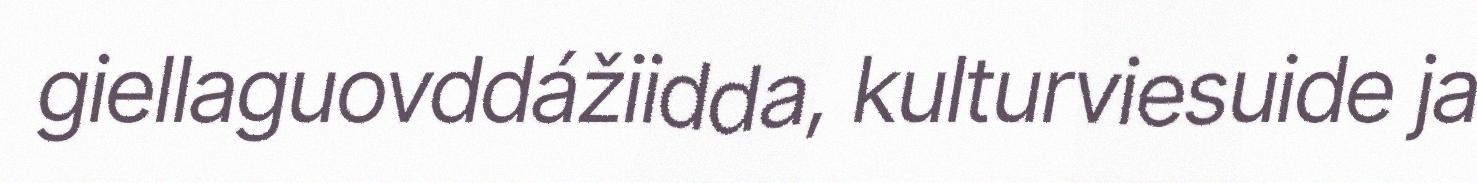
giellaguovddážiidda, kulturviesuide ja